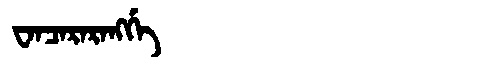
Manchu: ᠸᠠᠨᠴᠠᡵᠠᡵᠠᠩᡤᡝ
Romanization: WANCARARANGGE